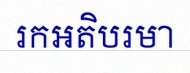
រកអតិបរមា